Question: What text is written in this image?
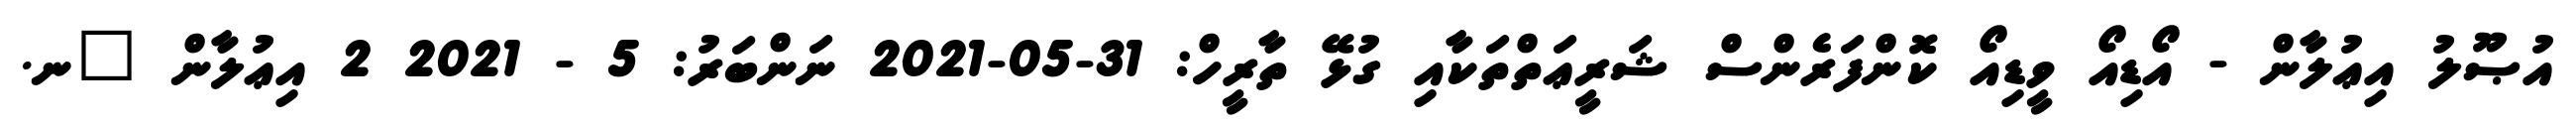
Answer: އުޞޫލު އިޢުލާން - އޯޑިއޯ ވީޑިއޯ ކޮންފަރެންސް ޝަރީޢަތްތަކާއި ގުޅޭ ތާރީހް: 31-05-2021 ނަންބަރު: 5 - 2021 2 އިޢުލާން "ނ.